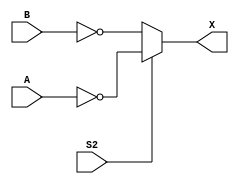
// This program was cloned from: https://github.com/furrtek/Arcade-TMNT_MiSTer
// License: GNU General Public License v2.0

// Fujitsu AV cell
// 2:1 Selector
// furrtek 2022

`timescale 1ns/100ps

// Terminals and polarities checked ok
// S1 ignored because it should always be == ~S2
// See fujitsu_av_cells.svg for cell trace

module T2D(
	input A, B,
	input S2,
	output X
);

assign X = S2 ? ~A : ~B;	// tmax = 2.7ns

endmodule